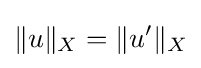
\|u\|_{X}=\|u'\|_{X}